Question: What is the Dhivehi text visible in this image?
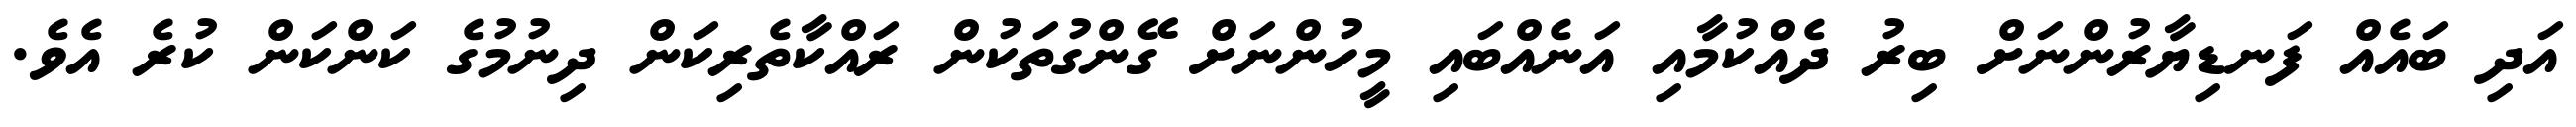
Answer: އަދި ބައެއް ފަނޑިޔާރުންނަށް ބިރު ދެއްކުމާއި އަނެއްބައި މީހުންނަށް ގޭންގުތަކުން ރައްކާތެރިކަން ދިނުމުގެ ކަންކަން ކުރެ އެވެ.